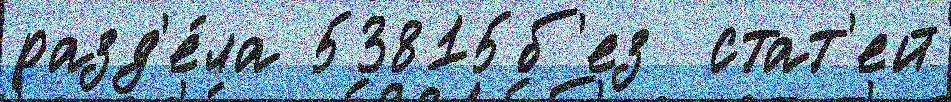
разд'е́ла 53815б'ез  стат'ей